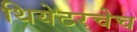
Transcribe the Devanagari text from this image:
थियेटरचेच